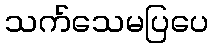
သက်သေမပြပေ